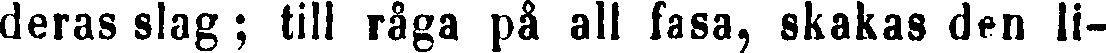
deras slag; till råga på all fasa, skakas den li-